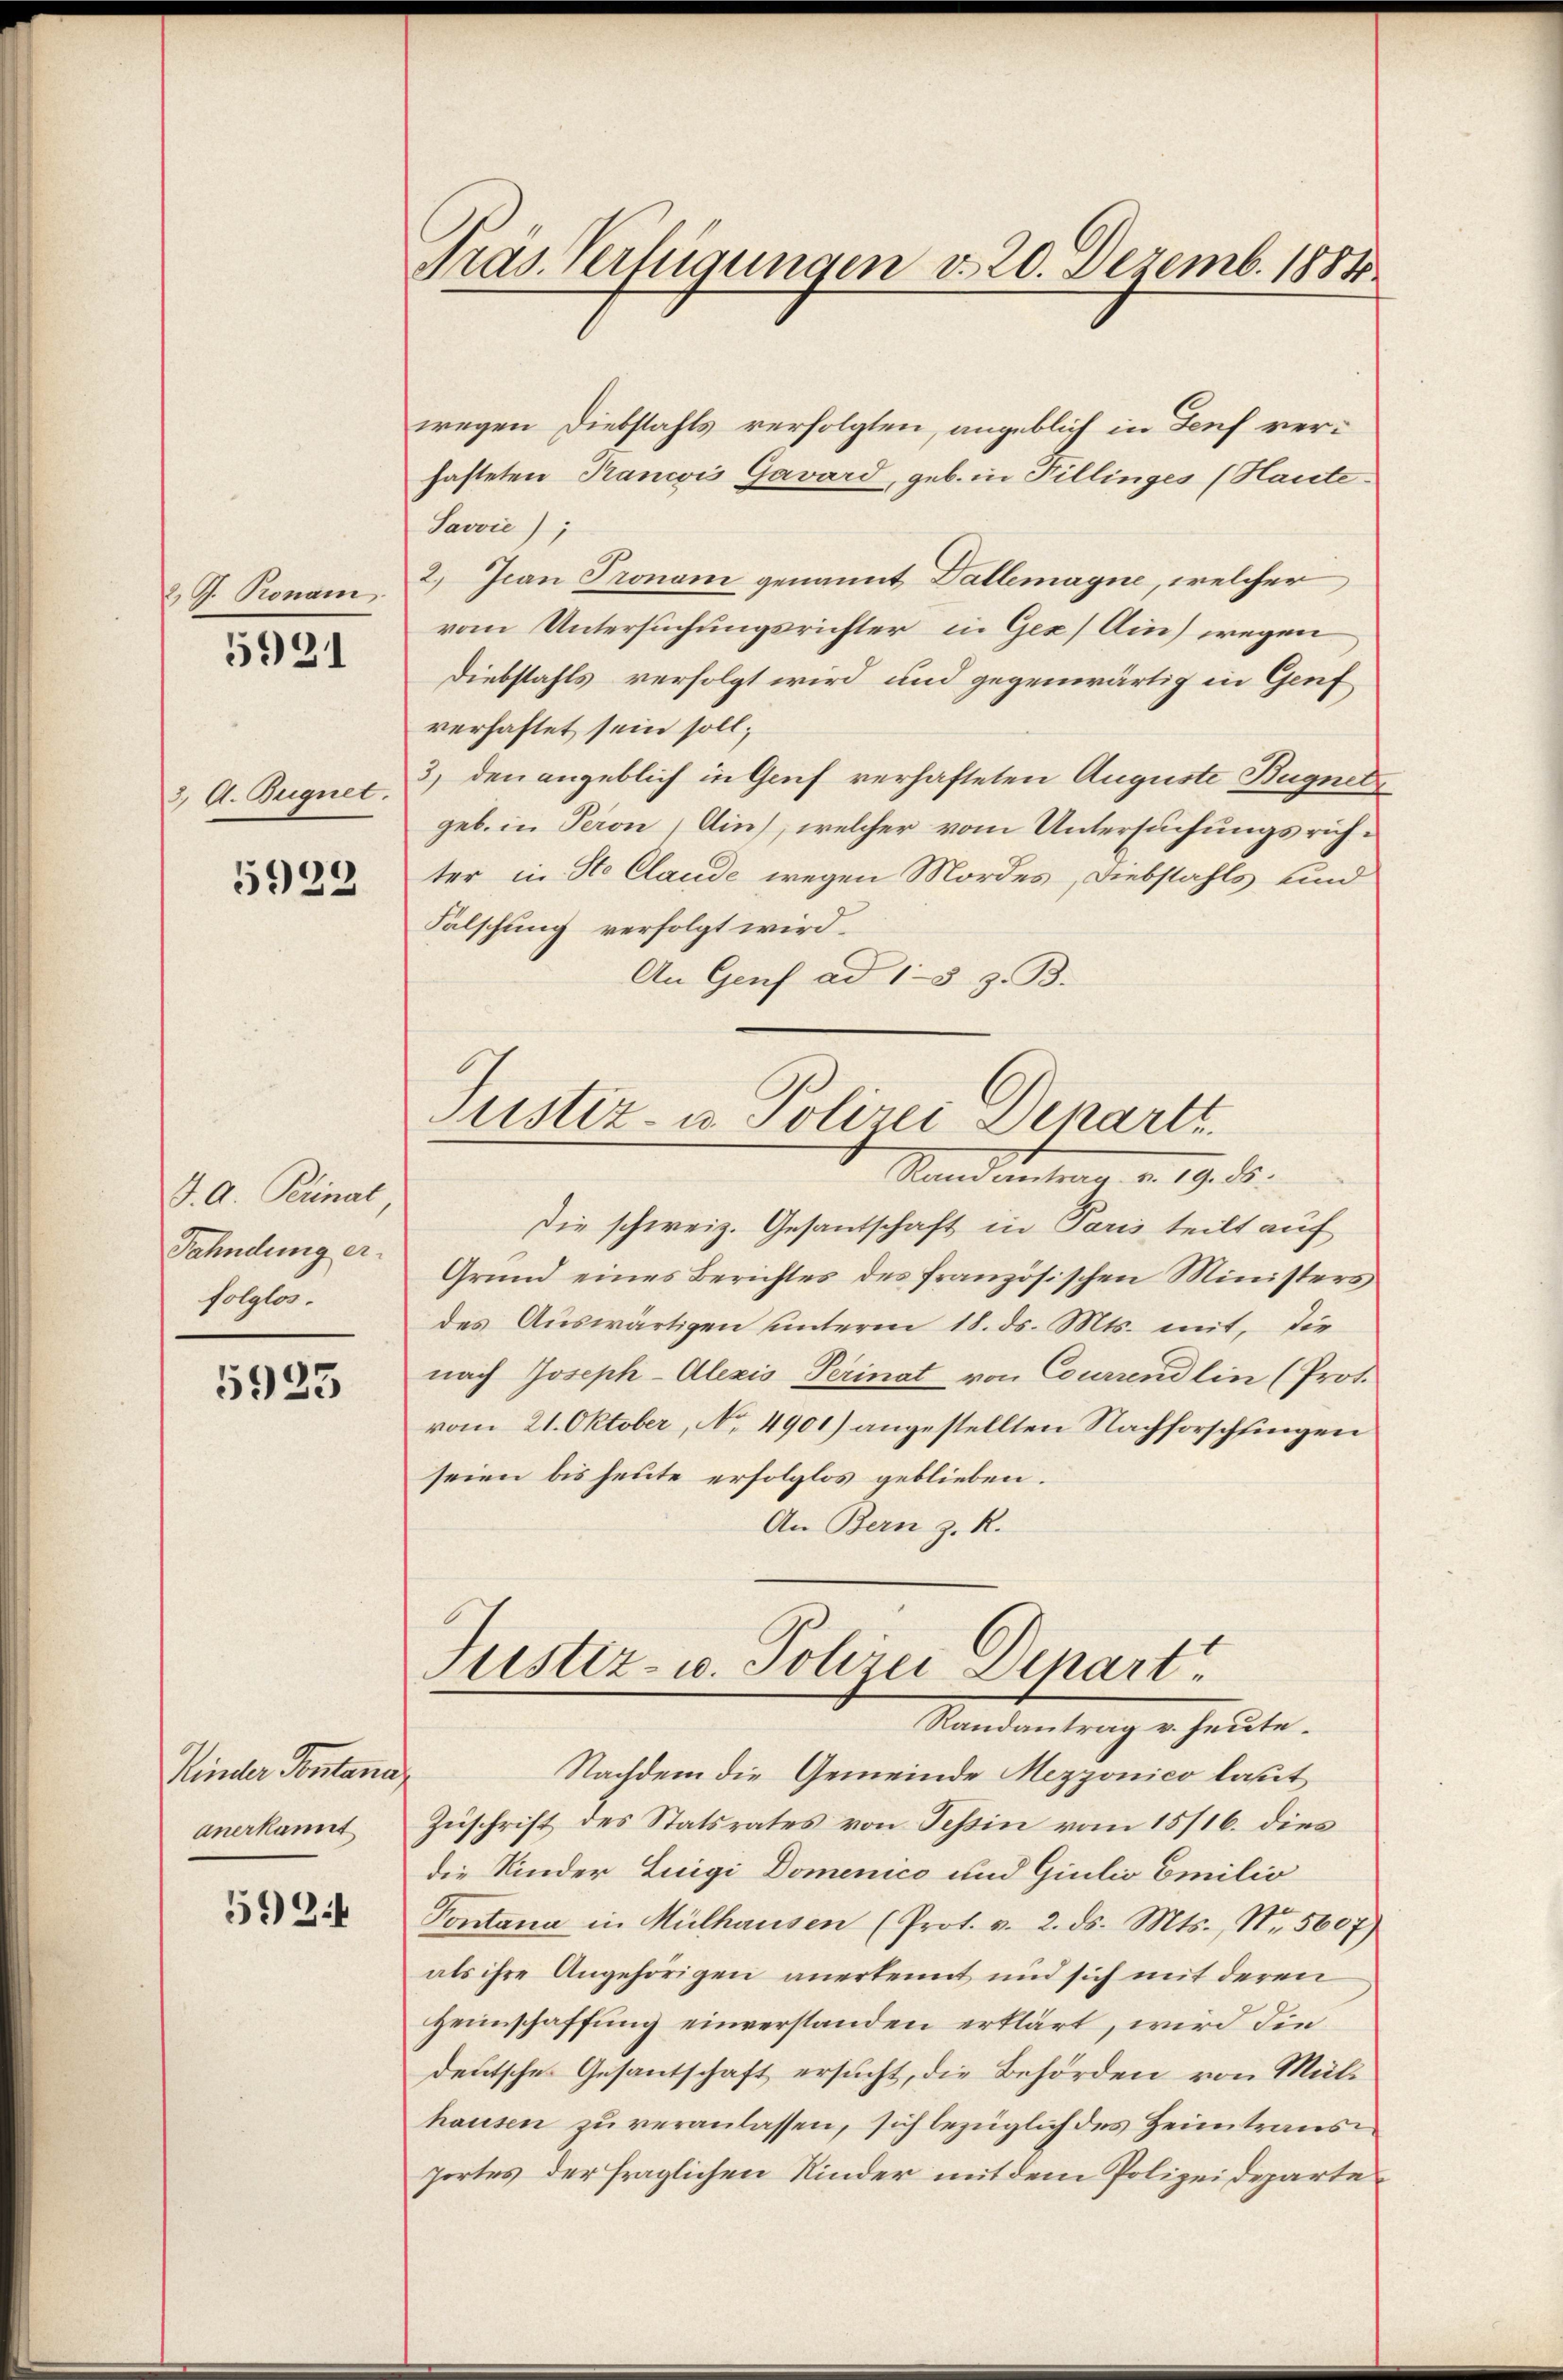
2 P. Ronam

5921

3, A. Begnet.

5922

J. A. Perinal
Fahndung erfolglos.

5923

Kinder Pontane
anerkannt

5934

Pras. Verfügungen d. 20. Dezemb. 1881

wegen Diebstahls verfolgten, angeblich in Genf verhafteten Rancis Gavard, geb. in Fillinges (Haute
Javvić);
2.) Jean Pronam genannt Dallemagne, welcher
vom Untersuchungsrichter in Ges. Ain wegen
Diebstahls verfolgt wird und gegenwärtig in Genf
verhaftet sein soll;
3) den angeblich in Genf verhafteten Auguste Bugnet
geb. in Peron Ain), welcher vom Untersuchungsrichter in Ste Claude wegen Mordes, Diebstahls und
Falschung verfolgt wird.
An Genf ad 1-3 z. B.

Justiz- u. Polizei Denartt.

Justiz- u. Polizei Depart
Randantrag v. heute.

Standenten v. 19. d.
Die schweiz. Gesantschaft in Paris teilt auf
Grund eines Berichtes des französischen Ministers
des Auswärtigen unterm 18. ds. Mts. mit, die
nach Joseph-Alezis Perinat von Courrendlin (Prot.
vom 21. Oktober, No. 4901) angestellten Nachforschfingen
seien bis heute erfolglos geblieben.
An Bern z. R.
ch
Nachdem die Gemeinde Mezzonico laut
Zuschrift des Statsrates von Tessin vom 15/16. dies
die Kinder Luigi Domenico und Giulio Emilio
Pontana in Mülhausen (Prot. v. 2. ds. Mts., Nr. 5607)
als ihre Angehörigen anerkennt und sich mit deren
Heimschaffung einverstanden erklärt, wird die
deutsches Gesantschaft ersucht, die Behörden von Mülhausen zu veranlassen, sich bezüglich des Heimtrans
portes der fraglichen Kinder mit dem Polizeideparte